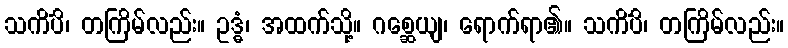
သကိံပိ၊ တကြိမ်လည်း။ ဥဒ္ဓံ၊ အထက်သို့။ ဂစ္ဆေယျ၊ ရောက်ရာ၏။ သကိံပိ၊ တကြိမ်လည်း။